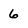
Character: 6